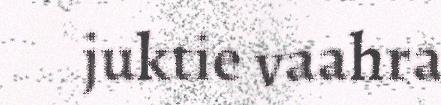
juktie vaahra